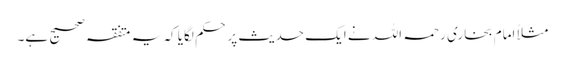
مثلاً امام بخاری رحمہ اللہ نے ایک حدیث پر حکم لگایا کہ یہ متفقہ صحیح ہے۔